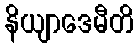
နိယျာဒေမီတိ